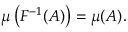
\mu \left( F ^ { - 1 } ( A ) \right) = \mu ( A ) .